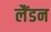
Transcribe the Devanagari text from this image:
लैंडन